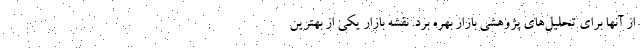
از آنها برای تحلیل‌های پژوهشی بازار بهره برد. نقشه بازار یکی از بهترین